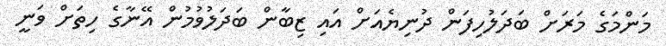
މަންމަގެ މަަރަށް ބަދަލުހިފަން ދުނިޔެއަށް އައި ޒިބާން ބަދަލުވުމުން އޭނާގެ ހިތަށް ވަނީ